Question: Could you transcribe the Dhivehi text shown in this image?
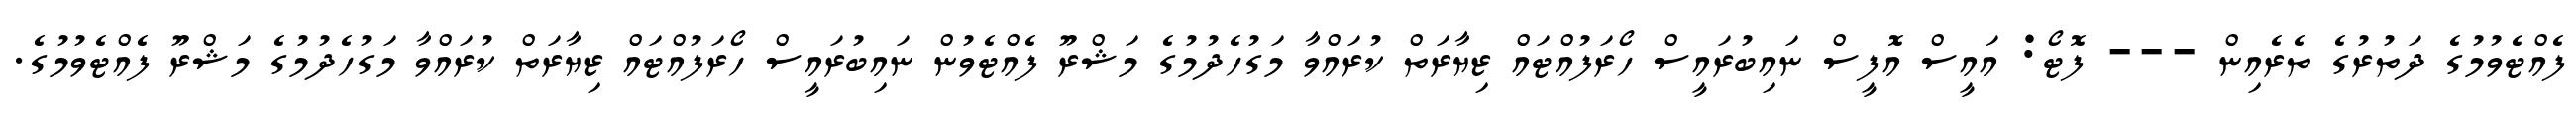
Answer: ފެއްޓެވުމުގެ ދަތުރުގެ ތެރެއިން --- ފޮޓޯ: އައީސް އޮފީސް ނައިބުރައީސް ހޯރަފުއްޓައް ޒިޔާރަތް ކުރައްވާ މަގުހެދުމުގެ މަޝްރޫ ފެއްޓެވުން ނައިބުރައީސް ހޯރަފުއްޓައް ޒިޔާރަތް ކުރައްވާ މަގުހެދުމުގެ މަޝްރޫ ފެއްޓެވުމުގެ.